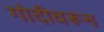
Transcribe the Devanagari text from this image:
गोदीवरून